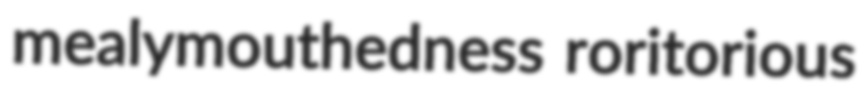
mealymouthedness roritorious